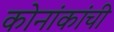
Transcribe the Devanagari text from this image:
कोनांकांची